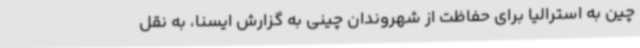
چین به استرالیا برای حفاظت از شهروندان چینی به گزارش ایسنا، به نقل